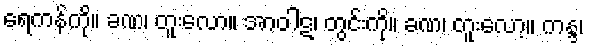
ရေကန်ကို။ ခဏ၊ တူးလော။ အာဝါဋ၊ တွင်းကို။ ခဏ၊ တူးလော့။ ကန္ဒ၊